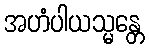
အဟံပါယသ္မန္တေ